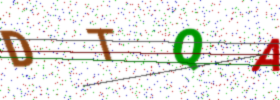
Text: DTQA